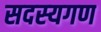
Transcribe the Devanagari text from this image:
सदस्‍यगण